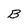
Character: B